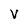
Character: v